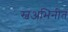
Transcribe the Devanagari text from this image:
स्वअभिनीत